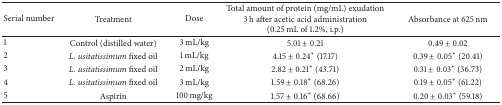
<table><thead><tr><td><b>Serial number</b></td><td><b>Treatment</b></td><td><b>Dose</b></td><td><b>Total amount of protein (mg/mL) exudation3 h after acetic acid administration (0.25 mL of 1.2%, i.p.)</b></td><td><b>Absorbance at 625 nm</b></td></tr></thead><tbody><tr><td>1</td><td>Control (distilled water)</td><td>3 mL/kg</td><td>5.01 ± 0.21</td><td>0.49 ± 0.02</td></tr><tr><td>2</td><td><i>L. usitatissimum</i> fixed oil</td><td>1 mL/kg</td><td>4.15 ± 0.24* (17.17)</td><td>0.39 ± 0.05* (20.41)</td></tr><tr><td>3</td><td><i>L. usitatissimum</i> fixed oil</td><td>2 mL/kg</td><td>2.82 ± 0.21* (43.71)</td><td>0.31 ± 0.03* (36.73)</td></tr><tr><td>4</td><td><i>L. usitatissimum</i> fixed oil</td><td>3 mL/kg</td><td>1.59 ± 0.18* (68.26)</td><td>0.19 ± 0.05* (61.22)</td></tr><tr><td>5</td><td>Aspirin</td><td>100 mg/kg</td><td>1.57 ± 0.16* (68.66)</td><td>0.20 ± 0.03* (59.18)</td></tr></tbody></table>